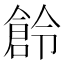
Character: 𠏧